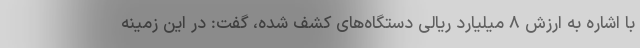
با اشاره به ارزش ۸ میلیارد ریالی دستگاه‌های کشف شده، گفت: در این زمینه